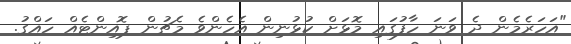
"އަހަރެމެން ދެ ވަނަ ހާފުގައި މޮޅަށް ކުޅުނިން އެހެންވެ މެޗުން ޕޮއިންޓެއް ހައްގު.